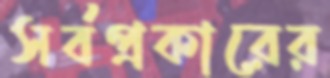
সর্বপ্রকারের